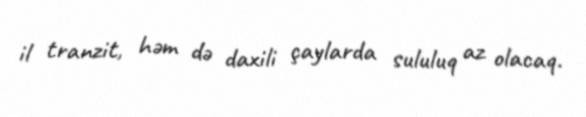
il tranzit, həm də daxili çaylarda sululuq az olacaq.